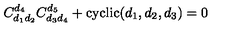
C _ { d _ { 1 } d _ { 2 } } ^ { d _ { 4 } } C _ { d _ { 3 } d _ { 4 } } ^ { d _ { 5 } } + \mathrm { c y c l i c } ( d _ { 1 } , d _ { 2 } , d _ { 3 } ) = 0